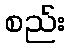
စည်း